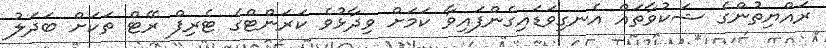
ރައްޔިތުންގެ ޝަކުވާތައް އެނގިވަޑައިގެންފައިވާ ކަމަށް ވިދާޅުވެ ކަރަންޓްގެ ޓެރިފް ރޭޓް ތަކަށް ބަދަލު